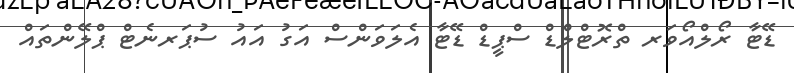
ޑޭޓާ ރޯލްއޯވަރ ތްރޮޓްލްޑް ސްޕީޑް ޑޭޓާ އެލަވަންސް އަގު އައު ސުޕަރނެޓް ޕްލޭންތައް